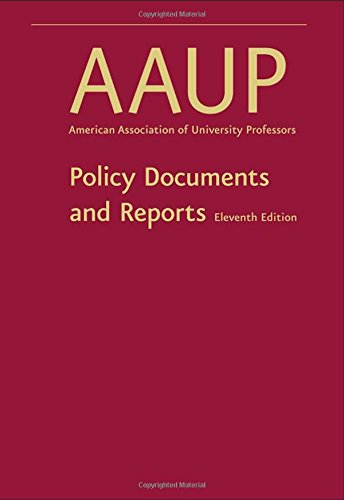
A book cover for Policy Documents and Reports; AAUP; Education & Teaching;